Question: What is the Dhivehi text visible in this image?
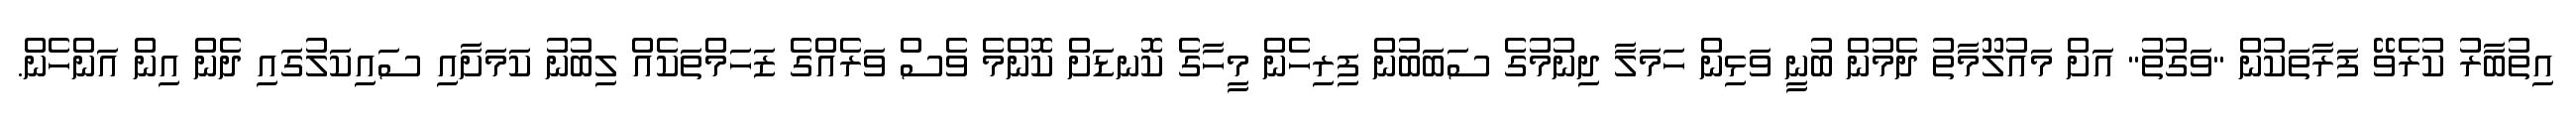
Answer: އިތުބާރު ކުރެވޭ ފަރާތަކުން "ވަގުތު" އަށް މައުލޫމާތު ދެމުން ބުނީ ވަޅިން ހަމަލާ ދިނުމުގެ ސަބަބުން ފިރިހެން މީހާގެ ކޮނޑަށް ކޮންމެ ވެސް ވަރެއްގެ ޒަހަމްތަކެއް ލިބުނު ކަމަށާއި ސައިކަލުގައި ދެން އިން އަންހެން.